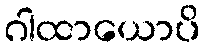
ဂါထာယောပိ